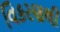
વિકરણથી